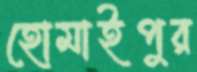
হোমাইপুর